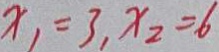
x _ { 1 } = 3 , x _ { 2 } = 6